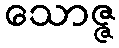
သောဇ္ဇ